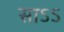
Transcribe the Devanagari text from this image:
साऽऽ